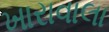
ખારાવાલા